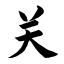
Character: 关